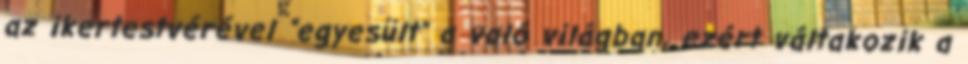
az ikertestvérével “egyesült” a való világban, ezért váltakozik a